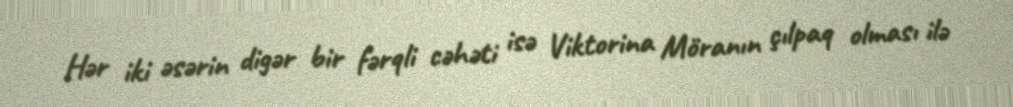
Hər iki əsərin digər bir fərqli cəhəti isə Viktorina Möranın çılpaq olması ilə